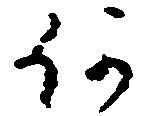
何